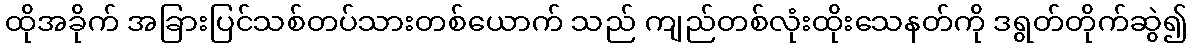
ထိုအခိုက် အခြားပြင်သစ်တပ်သားတစ်ယောက် သည် ကျည်တစ်လုံးထိုးသေနတ်ကို ဒရွတ်တိုက်ဆွဲ၍